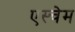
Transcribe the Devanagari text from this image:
एस्चेम